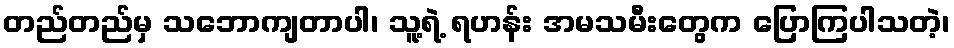
တည်တည်မှ သဘောကျတာပါ၊ သူ့ရဲ့ ရဟန်း အမသမီးတွေက ပြောကြပါသတဲ့၊